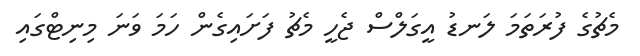
މެޗުގެ ފުރަތަމަ ލަނޑު އީގަލްސް ޖެހީ މެޗު ފަށައިގެން ހަމަ ވަނަ މިނިޓްގައި